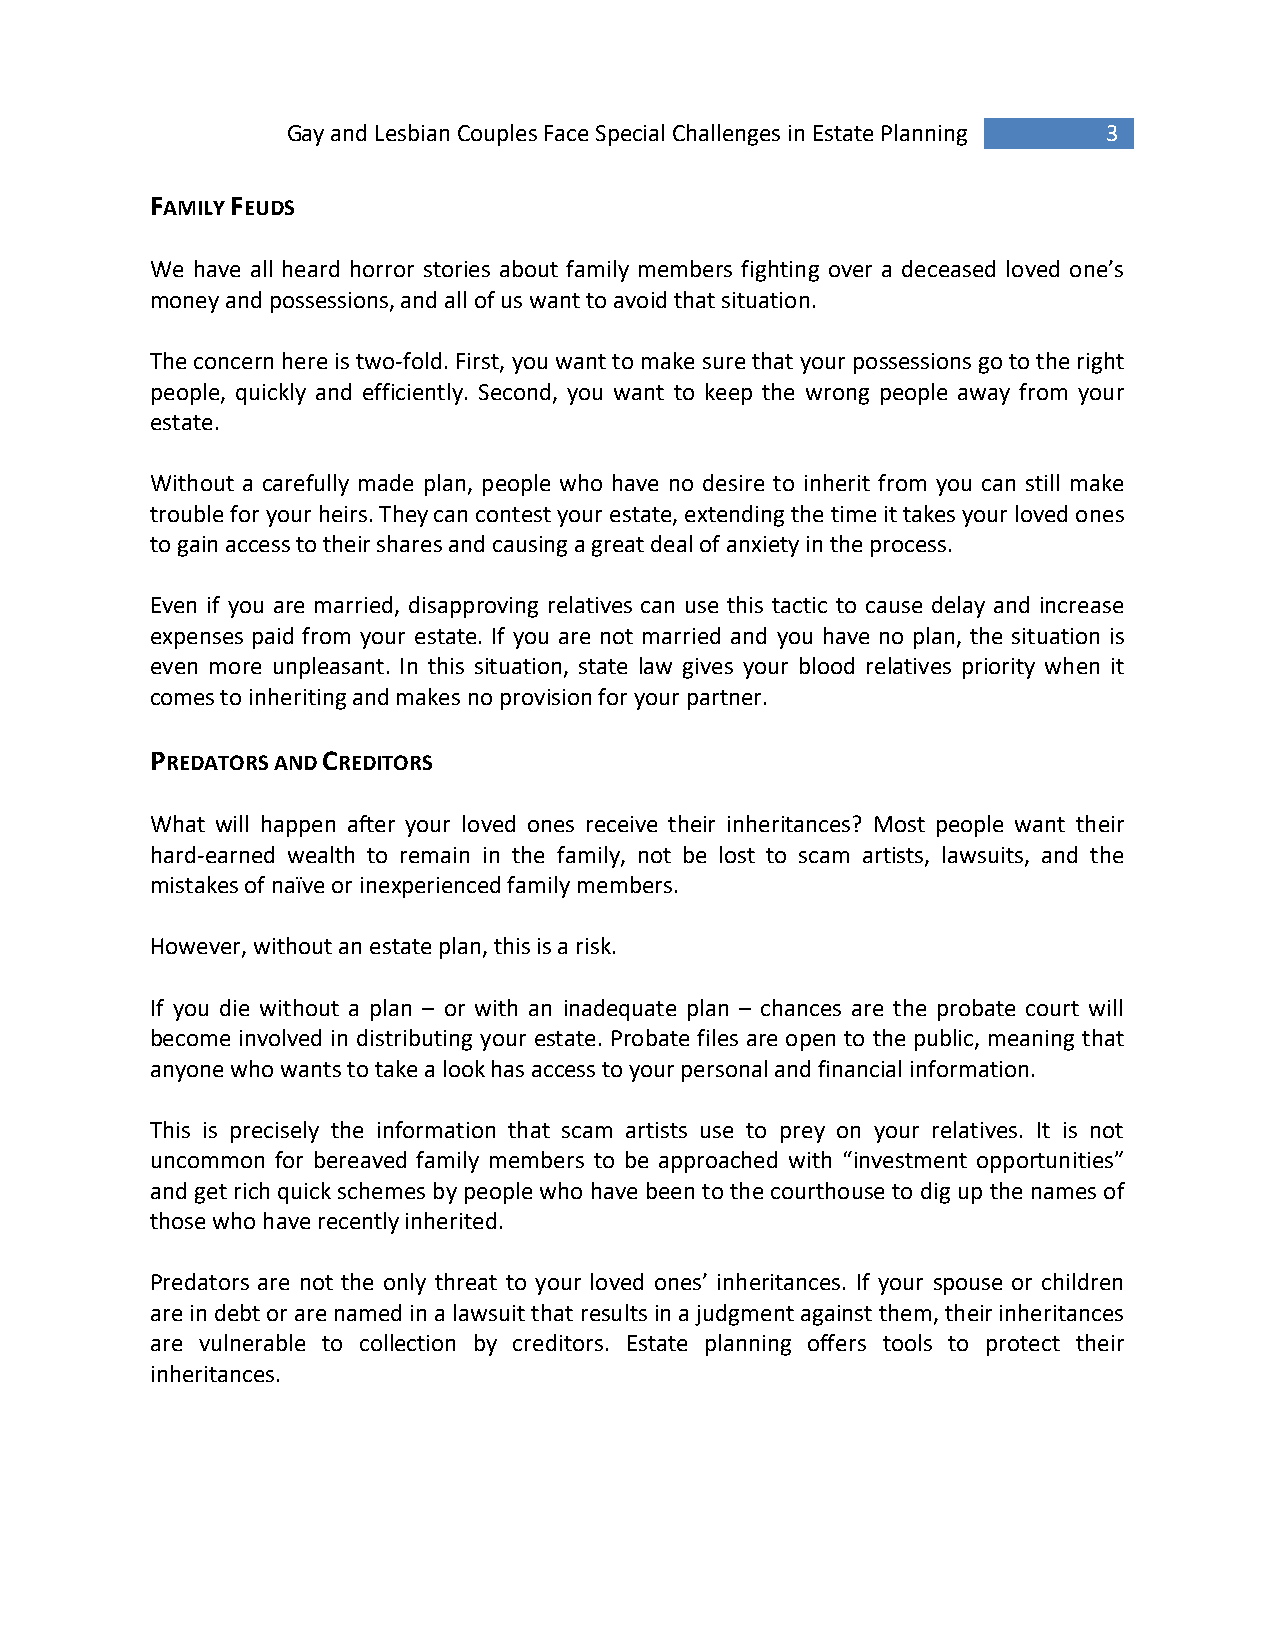
Gay and Lesbian Couples Face Special Challenges in Estate Planning 3
 FAMILY FEUDS
 We have all heard horror stories about family members fighting over a deceased loved one’s
 money and possessions, and all of us want to avoid that situation.
 The concern here is two-fold. First, you want to make sure that your possessions go to the right
 people, quickly and efficiently. Second, you want to keep the wrong people away from your
 estate.
 Without a carefully made plan, people who have no desire to inherit from you can still make
 trouble for your heirs. They can contest your estate, extending the time it takes your loved ones
 to gain access to their shares and causing a great deal of anxiety in the process.
 Even if you are married, disapproving relatives can use this tactic to cause delay and increase
 expenses paid from your estate. If you are not married and you have no plan, the situation is
 even more unpleasant. In this situation, state law gives your blood relatives priority when it
 comes to inheriting and makes no provision for your partner.
 PREDATORS AND CREDITORS
 What will happen after your loved ones receive their inheritances? Most people want their
 hard-earned wealth to remain in the family, not be lost to scam artists, lawsuits, and the
 mistakes of naïve or inexperienced family members.
 However, without an estate plan, this is a risk.
 If you die without a plan – or with an inadequate plan – chances are the probate court will
 become involved in distributing your estate. Probate files are open to the public, meaning that
 anyone who wants to take a look has access to your personal and financial information.
 This is precisely the information that scam artists use to prey on your relatives. It is not
 uncommon for bereaved family members to be approached with “investment opportunities”
 and get rich quick schemes by people who have been to the courthouse to dig up the names of
 those who have recently inherited.
 Predators are not the only threat to your loved ones’ inheritances. If your spouse or children
 are in debt or are named in a lawsuit that results in a judgment against them, their inheritances
 are vulnerable to collection by creditors. Estate planning offers tools to protect their
 inheritances.